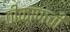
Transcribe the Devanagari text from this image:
ठीकाणची